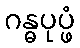
ဂန္ဓပုပ္ဖံ